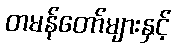
တမန်တော်များနှင့်